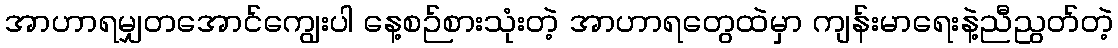
အာဟာရမျှတအောင်ကျွေးပါ နေ့စဉ်စားသုံးတဲ့ အာဟာရတွေထဲမှာ ကျန်းမာရေးနဲ့ညီညွတ်တဲ့